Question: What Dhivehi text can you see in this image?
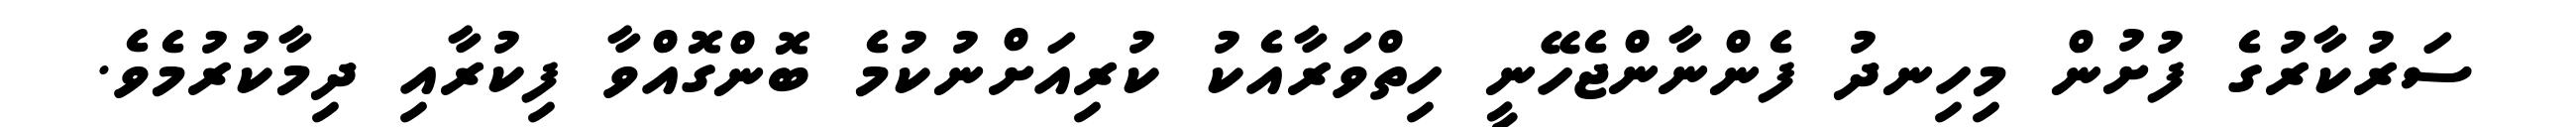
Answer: ސަރުކާރުގެ ފުށުން މިހިނދު ފެންނާންޖެހޭނީ ހިތްވަރާއެކު ކުރިއަށްނުކުމެ ބޮންގޮއްވާ ފިކުރާއި ދިމާކުރުމެވެ.